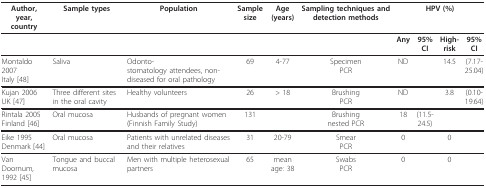
<table><thead><tr><td><b>Author, year, country</b></td><td><b>Sample types</b></td><td><b>Population</b></td><td><b>Sample size</b></td><td><b>Age (years)</b></td><td><b>Sampling techniques and detection methods</b></td><td colspan="4"><b>HPV (%)</b></td></tr></thead><tbody><tr><td></td><td></td><td></td><td></td><td></td><td></td><td><b>Any</b></td><td><b>95%CI</b></td><td><b>High-risk</b></td><td><b>95%CI</b></td></tr><tr><td>Montaldo 2007Italy [48]</td><td>Saliva</td><td>Odonto-stomatology attendees, non-diseased for oral pathology</td><td>69</td><td>4-77</td><td>SpecimenPCR</td><td>ND</td><td></td><td>14.5</td><td>(7.17-25.04)</td></tr><tr><td>Kujan 2006UK [47]</td><td>Three different sites in the oral cavity</td><td>Healthy volunteers</td><td>26</td><td>&gt; 18</td><td>BrushingPCR</td><td>ND</td><td></td><td>3.8</td><td>(0.10-19.64)</td></tr><tr><td>Rintala 2005Finland [46]</td><td>Oral mucosa</td><td>Husbands of pregnant women (Finnish Family Study)</td><td>131</td><td></td><td>Brushingnested PCR</td><td>18</td><td>(11.5-24.5)</td><td></td><td></td></tr><tr><td>Eike 1995Denmark [44]</td><td>Oral mucosa</td><td>Patients with unrelated diseases and their relatives</td><td>31</td><td>20-79</td><td>SmearPCR</td><td>0</td><td></td><td>0</td><td></td></tr><tr><td>Van Doornum, 1992 [45]</td><td>Tongue and buccal mucosa</td><td>Men with multiple heterosexual partners</td><td>65</td><td>mean age: 38</td><td>SwabsPCR</td><td>0</td><td></td><td>0</td><td></td></tr></tbody></table>